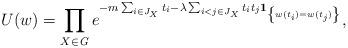
LaTeX: \begin{align*}U(w)=\prod_{X\in {\it G}}e^{-m\sum_{i\in J_{X}}t_{i}-\lambda \sum_{i<j\in J_{X}}t_{i}t_{j}{\bf 1}_{\left\{w(t_i)=w(t_j)\right\} }},\end{align*}